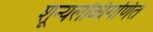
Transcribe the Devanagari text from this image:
शून्यलब्धिगणित